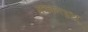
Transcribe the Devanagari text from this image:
मकानड्रयू